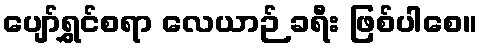
ပျော်ရွှင်စရာ လေယာဉ် ခရီး ဖြစ်ပါစေ။